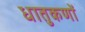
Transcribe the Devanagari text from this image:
धातुकणों